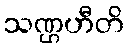
သဏ္ဌဟီတိ